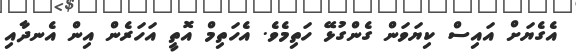
އެގެޔަށް އައިސް ކިޔަވަން ގެންގުޅޭ ހަތިމެވެ. އެހަތިމް އޮތީ އަހަރެން އިން އެނދާއި